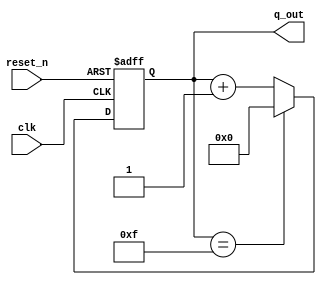
`timescale 1ns / 1ps
//////////////////////////////////////////////////////////////////////////////////
// Company: 
// Engineer: 
// 
// Design Name: 
// Module Name: section1_4bit_up_counter
// Project Name: 
// Target Devices: 
// Tool Versions: 
// Description: 
// 
// Dependencies: 
// 
// Revision:
// Revision 0.01 - File Created
// Additional Comments:
// 
//////////////////////////////////////////////////////////////////////////////////

module up_counter_4bit #(parameter DATA_SIZE  = 4 )(
            input   wire                    clk,
            input   wire                    reset_n,
            output  reg [DATA_SIZE-1:0]     q_out
    );
    
    always@(posedge clk, negedge reset_n)
    begin
        if(!reset_n) begin
            q_out <= 4'b0;
        end
           
        else if(q_out == 4'b1111) begin
                q_out <= 4'b0000;
            end
        
        else begin
                q_out <= q_out + 1;
            end
    end   
endmodule